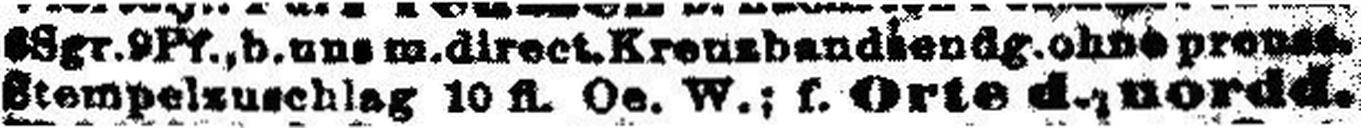
###tempelzuschlag 10 fl. Oe. W.; f. Orte d., nordd.